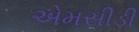
એમસીડી